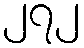
၂၇၂